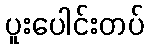
ပူးပေါင်းတပ်